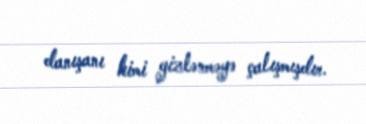
danışanı kimi gizlənməyə çalışmışdır.